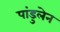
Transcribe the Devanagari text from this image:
पांडुलेन